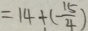
= 1 4 + ( - \frac { 1 5 } { 4 } )